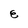
Character: E